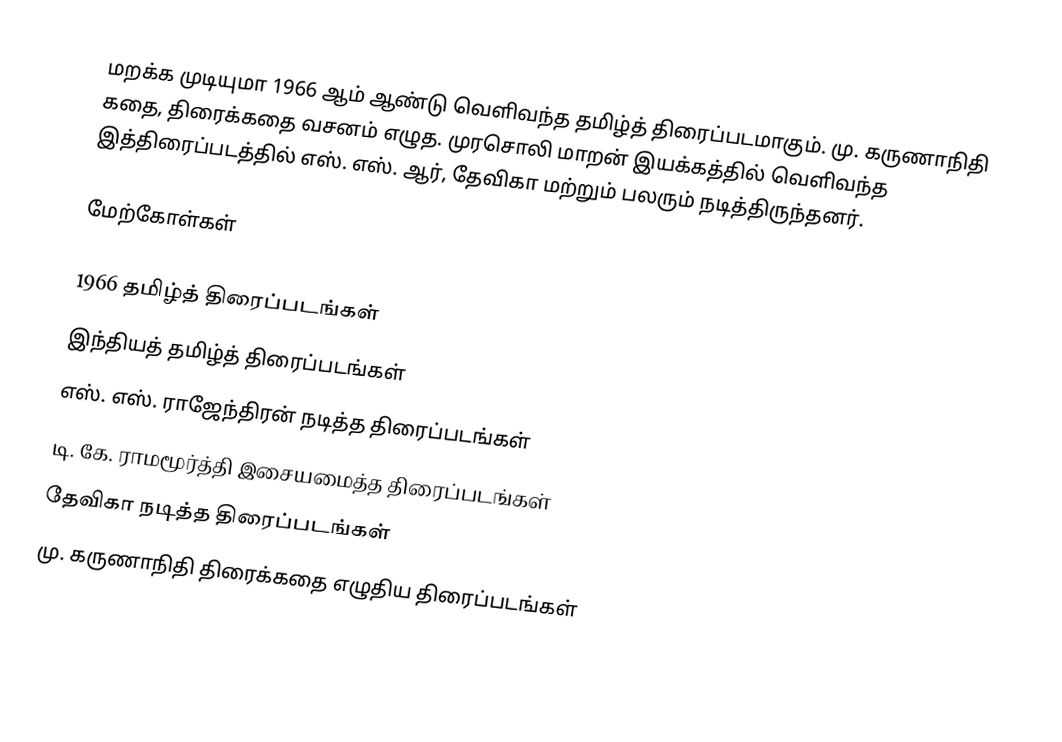
மறக்க முடியுமா 1966 ஆம் ஆண்டு வெளிவந்த தமிழ்த் திரைப்படமாகும்.  மு. கருணாநிதி கதை, திரைக்கதை வசனம் எழுத. முரசொலி மாறன் இயக்கத்தில் வெளிவந்த இத்திரைப்படத்தில் எஸ். எஸ். ஆர், தேவிகா மற்றும் பலரும் நடித்திருந்தனர்.

மேற்கோள்கள்

1966 தமிழ்த் திரைப்படங்கள்
இந்தியத் தமிழ்த் திரைப்படங்கள்
எஸ். எஸ். ராஜேந்திரன் நடித்த திரைப்படங்கள்
டி. கே. ராமமூர்த்தி இசையமைத்த திரைப்படங்கள்
தேவிகா நடித்த திரைப்படங்கள்
மு. கருணாநிதி திரைக்கதை எழுதிய திரைப்படங்கள்